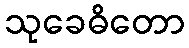
သုခေဓိတော